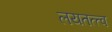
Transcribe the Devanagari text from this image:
लयतत्त्व